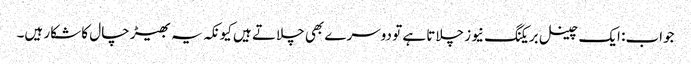
جواب: ایک چینل بریکنگ نیوز چلاتا ہے تو دوسرے بھی چلاتے ہیں کیونکہ یہ بھیڑ چال کا شکار ہیں۔